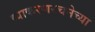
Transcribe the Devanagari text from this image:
व्याकरणरचनेच्या